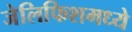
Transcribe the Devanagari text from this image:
जेलिफिशमध्ये